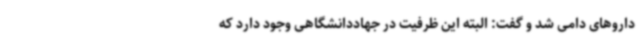
داروهای دامی شد و گفت: البته این ظرفیت در جهاددانشگاهی وجود دارد که